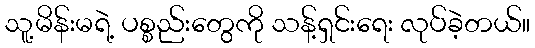
သူ့မိန်းမရဲ့ ပစ္စည်းတွေကို သန့်ရှင်းရေး လုပ်ခဲ့တယ်။